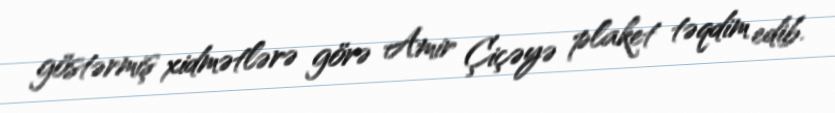
göstərmiş xidmətlərə görə Amir Çiçəyə plaket təqdim edib.